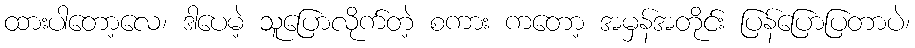
ထားပါတော့လေ၊ ဒါပေမဲ့ သူပြောလိုက်တဲ့ စကား ကတော့ အမှန်အတိုင်း ပြန်ပြောပြတာပဲ၊